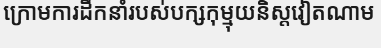
ក្រោមការដឹកនាំរបស់បក្សកុម្មុយនិស្តវៀតណាម